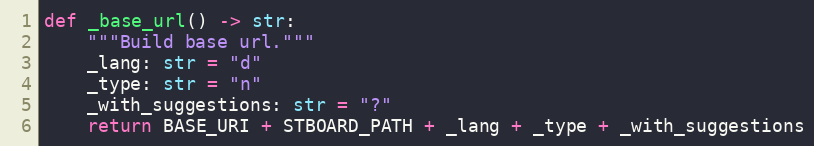
Language: Python
def _base_url() -> str:
    """Build base url."""
    _lang: str = "d"
    _type: str = "n"
    _with_suggestions: str = "?"
    return BASE_URI + STBOARD_PATH + _lang + _type + _with_suggestions